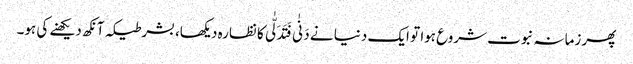
پھر زمانہ نبوت شروع ہوا تو ایک دنیا نے دَنٰی فَتَدَلّٰی کا نظارہ دیکھا، بشرطیکہ آنکھ دیکھنے کی ہو۔